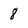
Character: 8